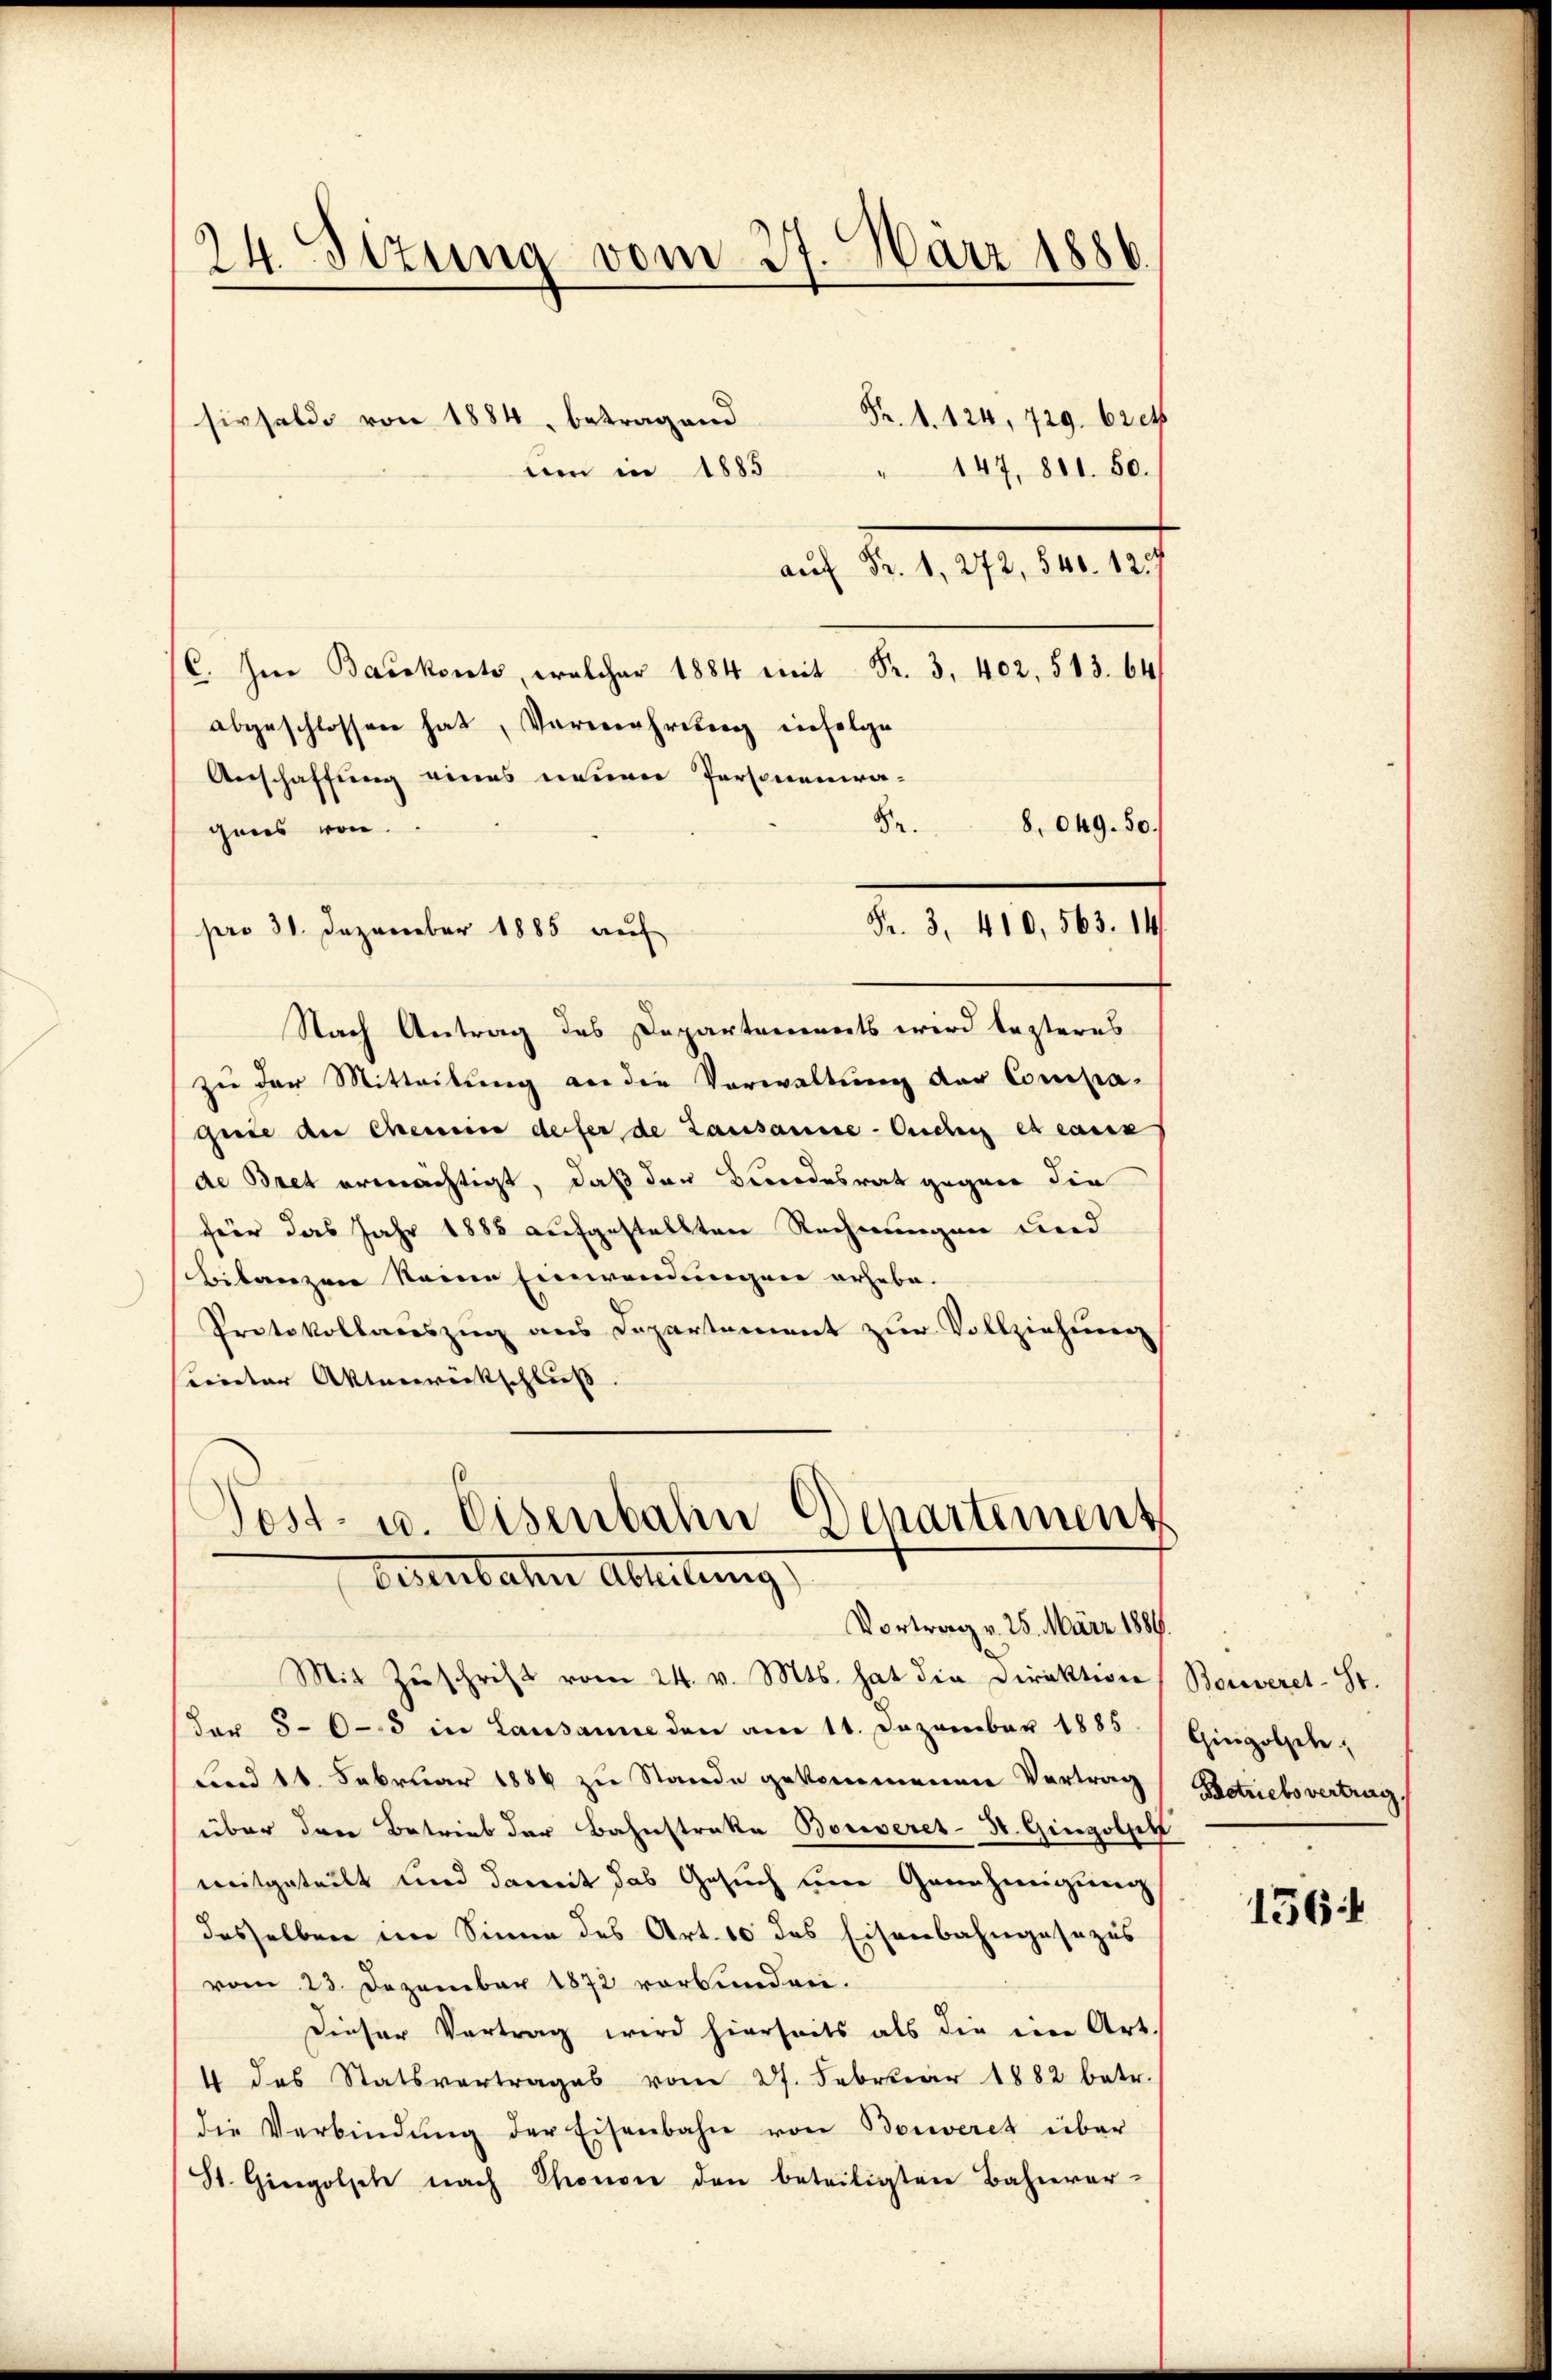
(C. Im Baukost, welcher 1884 mit Fr. 3. 402, 513. 64
abgeschlossen hat, Vermehrung infolge
Anschaffung eines neuen Personenwa-
Br.
8.049. 50.
gans von
Nach Antrag des Departements wird lezteres
zu der Mitteilung an die Verwaltung der Compa-
guie der Chemeine deser de Lausausse-Ouchig es eaux
de Bret ermächtigt, daß der Bundesrat gegen die
für das Jahr 1885 aufgestellten Rechnungen und
Bilanzen keine Einwendungen erhebe.
Protokollauszug aus Departement zur Vollziehung
sunter Aktenwirkschluß.
)
Post- u. Eisenbahn Departement

24. Sizung vom 27. März 1886.
Fr. 1. 124, 729. 62 et
sivsalde von 1884, betragend
147, 881. 50.
um in 1885
 Fr. 1, 272, 840. 129

pro 31. Dezember 1885 auf

Fr. 3. 410, 563. 14.

Deserbahn Abreitung.
Vortrag v. 25. März 1889

Mit Zŭschrift vom 24. v. Mts. hat die Direktion
Fer 505 in Lausanne den am 11. Dezember 1885
und 18. Februar 1884 zu Stande gekommenen Vertrag
über den Betrieb der Bahnstrakte Bonveret-St. Gingolsel
mitgeteilt und damit das Gesuch eine Genehmigung
desselben im Sinne des Art. 10 das Eisenbahngesezes
vom 23. Dezember 1872 vorbunden.
Dieser Vertrag wird hierseits als die eine Art.
4 das Statsvertrages vom 27. Februar 1882 betr.
die Verbindŭng der Eisenbahn von Bonveret über
St. Giergolsch nach Thonon den beteiligten Bahnver-

Bouveret- St.
Gingoljel;
Betriebsvertrag

156